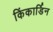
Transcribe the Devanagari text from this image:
किंकार्डिन